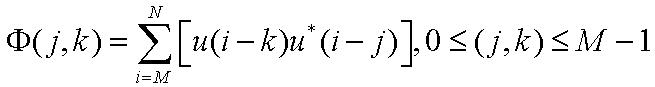
\[\Phi(j,k)=\sum_{i = M}^{N}[u(i - k)u^{*}(i - j)],0\leq (j,k)\leq M - 1\]